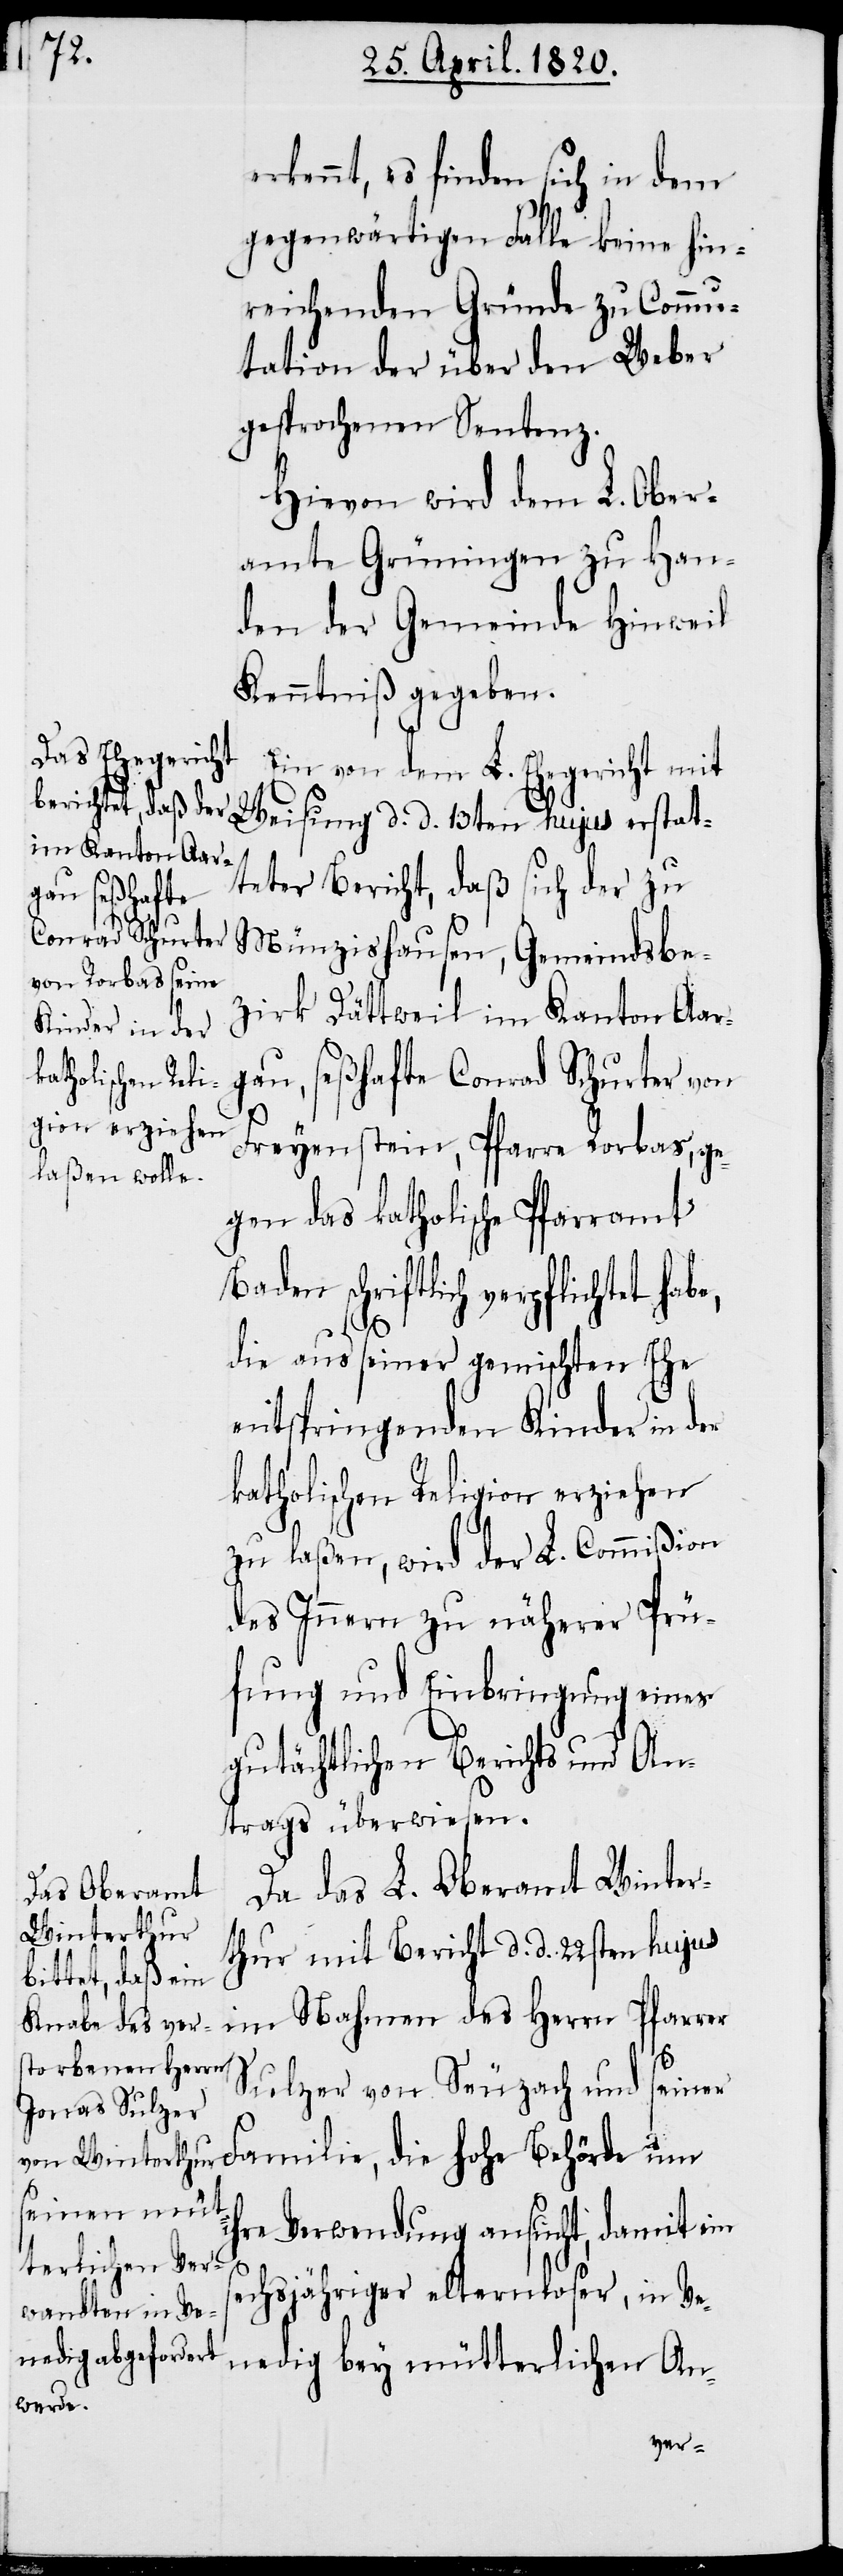
s¬

erkennt, es finden sich in dem
gegenwärtigen Falle keine hin¬
reichenden Gründe zu Commu¬
tation der über den Weber
gesprochen Sentenz.
Hievon wird dem L. Ober¬
amte Grüningen zu Han¬
den der Gemeinde Hinweil
Kenntniβ gegeben.
Ein von dem L. Ehegericht mit
Weisung d. d. 13ten hujus erstat¬
teter Bericht, daß sich der zu
Münzishausen, Gemeindsbe¬
zirk Dättweil im Kanton Aar¬
gau, seßhafte Conrad Schurter von
Freyenstein, Pfarre Rorbas, ge¬
gen das katholische Pfarramt
schriftlich verpflichtet
die aus seiner gemischten Ehe
entspringenden Kinder in der
katholischen Religion erziehen
zu laßen, wird der L. Commißion
des Innern zu näherer Prü¬
fung und Einbringung eines
gutächtlichen Berichts und An¬
trags überwiesen.
Da das L. Oberamt Winter¬
thur mit Bericht d. d. 22sten hujus
im Nahmen des Herrn Pfarrer
Sulzer von Seuzach und seiner
ihre Verwendung ansucht, damit im
echsjähriger elternloser, in Ve¬
nedig bey mütterlicher An-